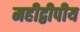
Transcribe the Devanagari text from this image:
महीद्वीपीय